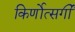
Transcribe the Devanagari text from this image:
किर्णोत्सर्गी